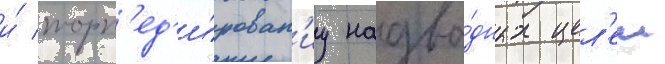
и́ торп'ед'и́рован'иу надво́дных цел'еи